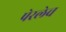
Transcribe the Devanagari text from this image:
पेरलेच